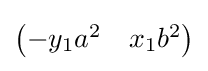
{\begin{pmatrix}-y_{1}a^{2}&x_{1}b^{2}\end{pmatrix}}